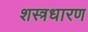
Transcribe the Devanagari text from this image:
शस्त्रधारण